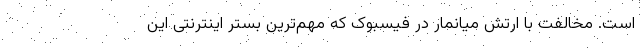
است. مخالفت با ارتش میانمار در فیسبوک که مهم‌ترین بستر اینترنتی این